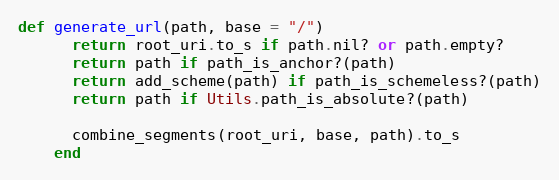
Language: Ruby
def generate_url(path, base = "/")
      return root_uri.to_s if path.nil? or path.empty?
      return path if path_is_anchor?(path)
      return add_scheme(path) if path_is_schemeless?(path)
      return path if Utils.path_is_absolute?(path)

      combine_segments(root_uri, base, path).to_s
    end